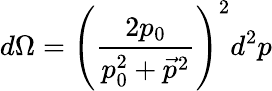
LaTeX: d\Omega=\left(\frac{2p_{0}}{p_{0}^{2}+\vec{p}^{~\! 2}}\right)^{2}d^{2}p